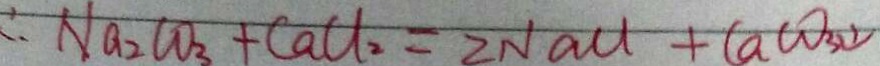
\therefore N a _ { 2 } C O _ { 3 } + C a C l _ { 2 } = 2 N a C l + C a C O _ { 3 } \downarrow